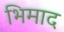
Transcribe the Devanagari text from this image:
भिमाद